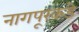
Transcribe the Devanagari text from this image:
नागपूरकडे